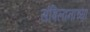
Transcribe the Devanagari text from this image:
संबिलानाच्या